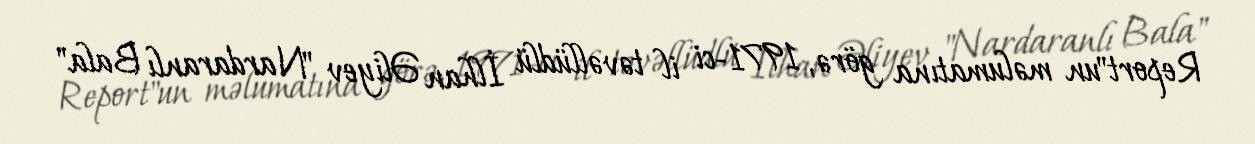
Report"un məlumatına görə, 1971-ci il təvəllüdlü İlhan Əliyev "Nardaranlı Bala"